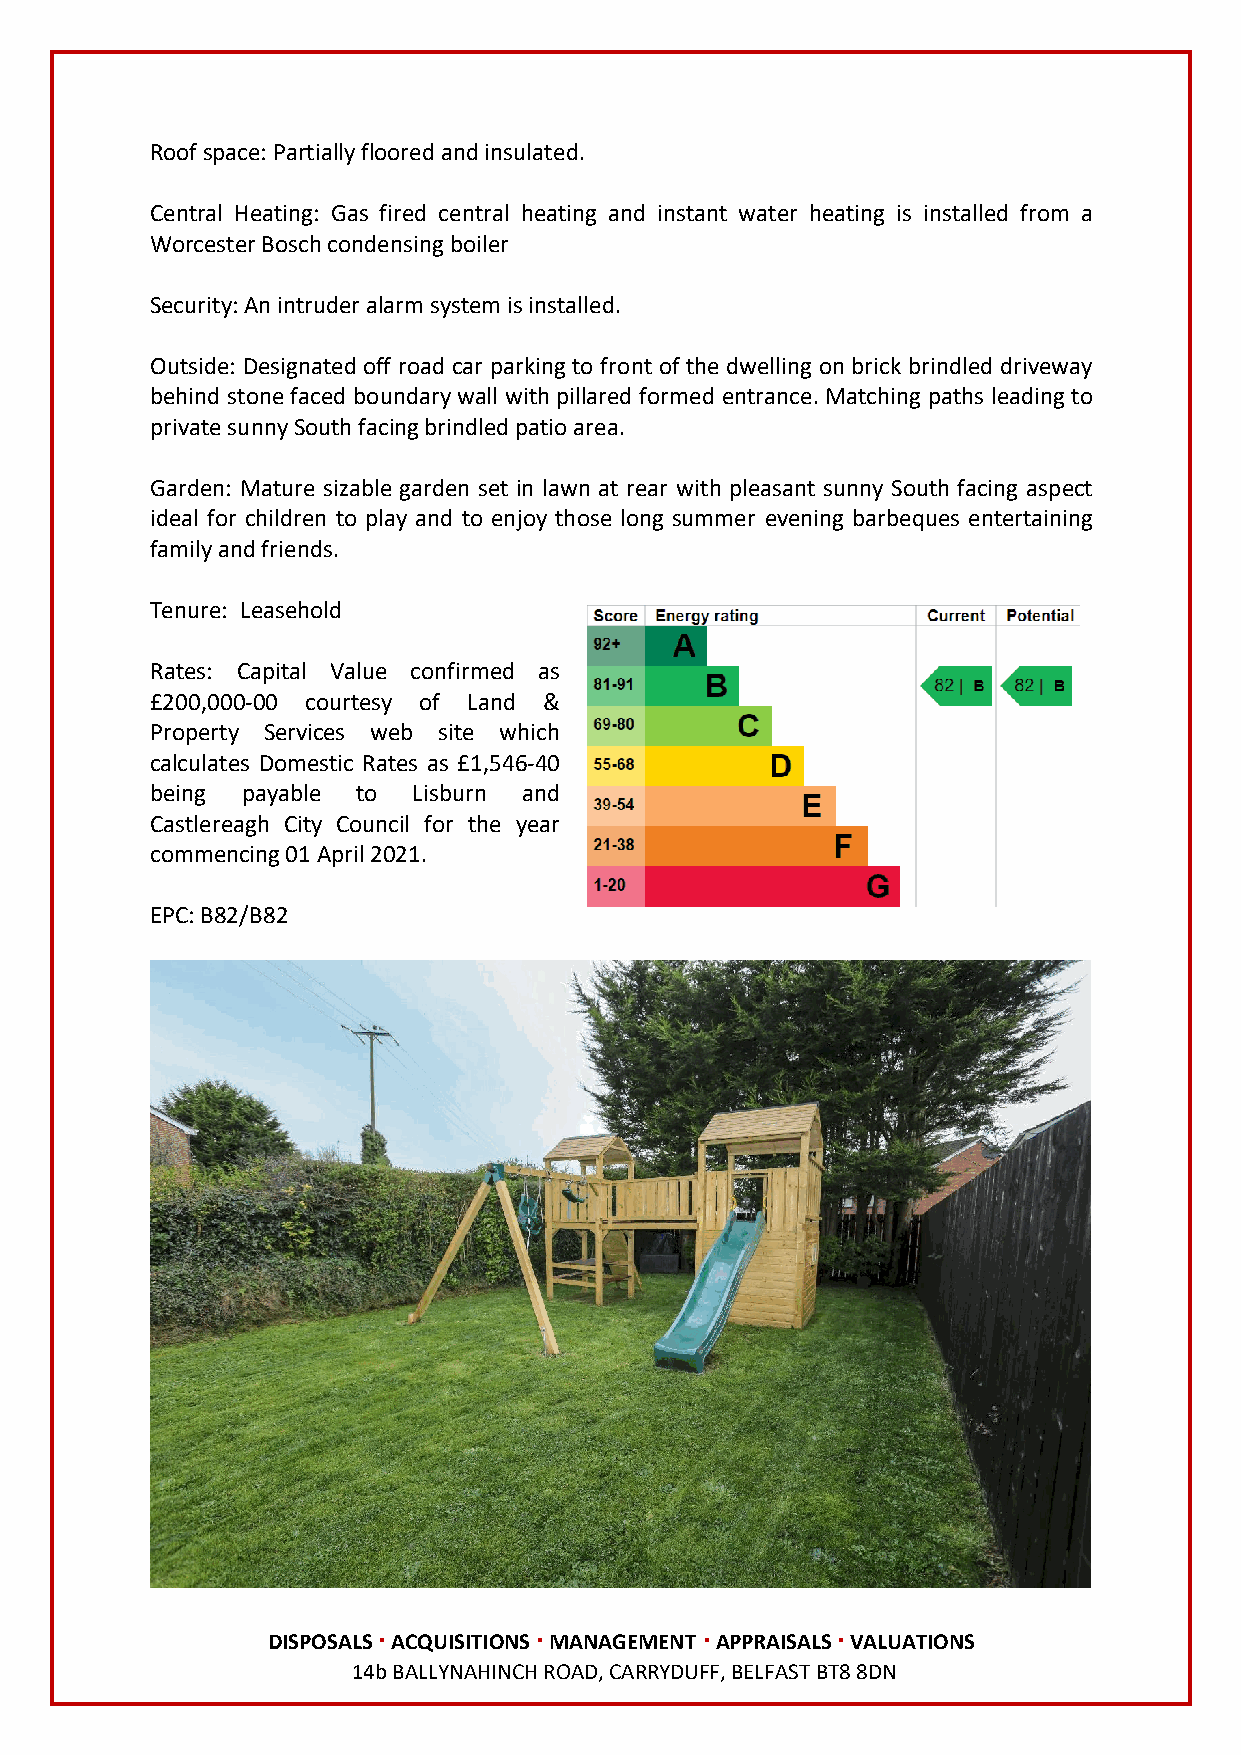
Roof space: Partially floored and insulated.
 Central Heating: Gas fired central heating and instant water heating is installed from a
 Worcester Bosch condensing boiler
 Security: An intruder alarm system is installed.
 Outside: Designated off road car parking to front of the dwelling on brick brindled driveway
 behind stone faced boundary wall with pillared formed entrance. Matching paths leading to
 private sunny South facing brindled patio area.
 Garden: Mature sizable garden set in lawn at rear with pleasant sunny South facing aspect
 ideal for children to play and to enjoy those long summer evening barbeques entertaining
 family and friends.
 Tenure: Leasehold
 Rates: Capital Value confirmed as
 £200,000-00 courtesy of Land &
 Property Services web site which
 calculates Domestic Rates as £1,546-40
 being payable to Lisburn and
 Castlereagh City Council for the year
 commencing 01 April 2021.
 EPC: B82/B82
 DISPOSALS ∙ ACQUISITIONS ∙ MANAGEMENT ∙ APPRAISALS ∙ VALUATIONS
 14b BALLYNAHINCH ROAD, CARRYDUFF, BELFAST BT8 8DN